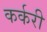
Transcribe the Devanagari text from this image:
कर्करी